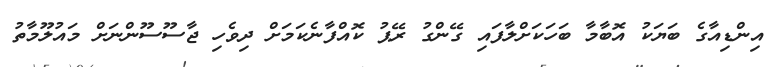
އިންޑިއާގެ ބަޔަކު އޮބާމާ ބަހަކަށްލާފައި ގޭންގު ރޭޕު ކޮއްފާނެކަމަށް ދިވެހި ޖާސޫސޫންނަށް މައުލޫމާތު